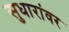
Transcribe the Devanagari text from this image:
सुधारांवर